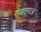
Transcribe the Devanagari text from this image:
रजतपत्र